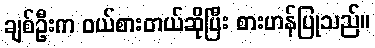
ချစ်ဦးက ဝယ်စားတယ်ဆိုပြီး စားဟန်ပြုသည်။